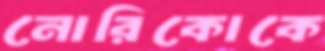
নোরিকোকে